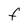
Character: f